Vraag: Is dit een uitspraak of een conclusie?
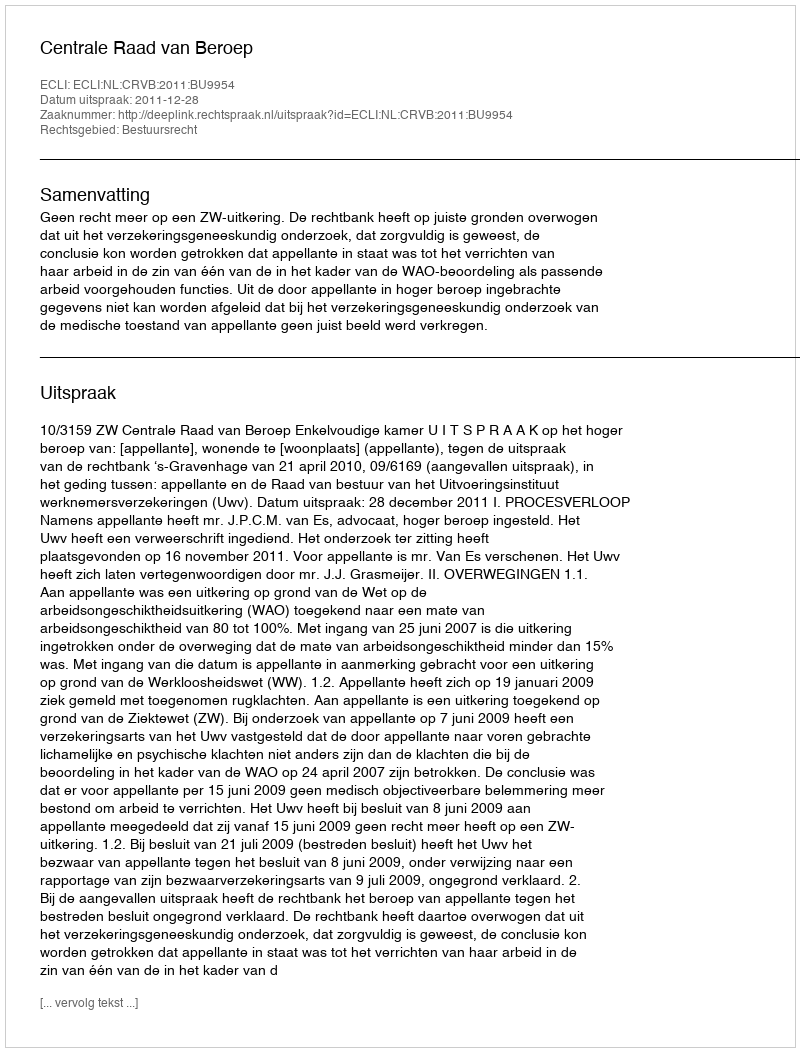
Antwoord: Uitspraak